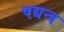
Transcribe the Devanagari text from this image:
षद्यन्त्र